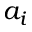
a _ { i }